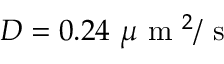
D = 0 . 2 4 \mathrm { ~ } \mu \mathrm { ~ m ~ } ^ { 2 } / \mathrm { ~ s ~ }